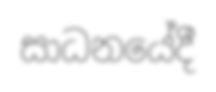
සාධනයේදී